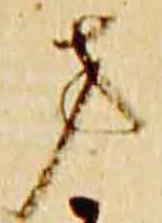
方